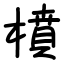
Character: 橨